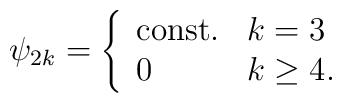
\psi_{2k}=\left\{\begin{array}{ll}\mbox{const.} &  k=3 \\0 & k\geq 4 .     \end{array}  \right.